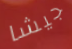
جيشا